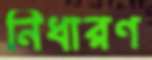
নিধারণ